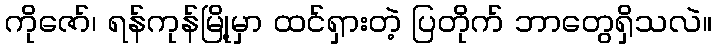
ကိုဇော်၊ ရန်ကုန်မြို့မှာ ထင်ရှားတဲ့ ပြတိုက် ဘာတွေရှိသလဲ။